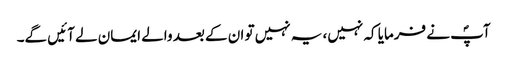
آپؐ نے فرمایا کہ نہیں، یہ نہیں تو ان کے بعد والے ایمان لے آئیں گے۔